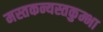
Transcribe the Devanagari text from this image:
मस्तकन्यस्तकुम्भा